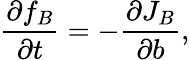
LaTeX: \frac{\partial f_{B}}{\partial t}=-\frac{\partial J_{B}}{\partial b},